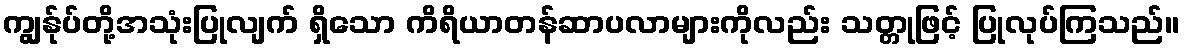
ကျွန်ုပ်တို့အသုံးပြုလျက် ရှိသော ကိရိယာတန်ဆာပလာများကိုလည်း သတ္တုဖြင့် ပြုလုပ်ကြသည်။